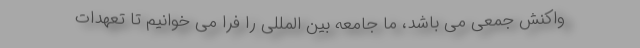
واکنش جمعی می باشد، ما جامعه بین المللی را فرا می خوانیم تا تعهدات